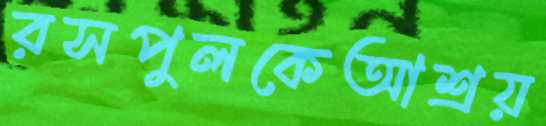
রসপুলকেআশ্রয়